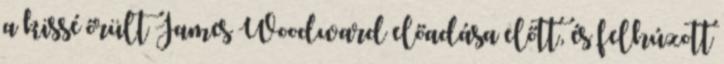
a kissé őrült James Woodward előadása előtt, és felhúzott